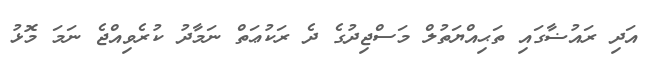
އަދި ރައުޟާގައި ތަޙިއްޔަތުލް މަސްޖިދުގެ ދެ ރަކުޢަތް ނަމާދު ކުރެވިއްޖެ ނަމަ މޮޅު